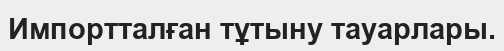
Импортталған тұтыну тауарлары.